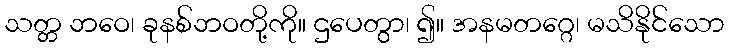
သတ္တ ဘဝေ၊ ခုနစ်ဘဝတို့ကို။ ဌပေတွာ၊ ၍။ အနမတဂ္ဂေ၊ မသိနိုင်သော